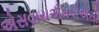
એસવાયએમપીએસી